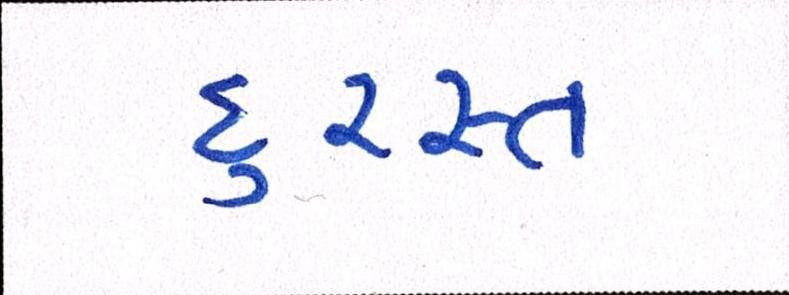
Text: દુરસ્ત